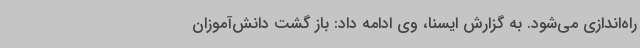
راه‌اندازی می‌شود. به گزارش ایسنا، وی ادامه داد: باز گشت دانش‌آموزان